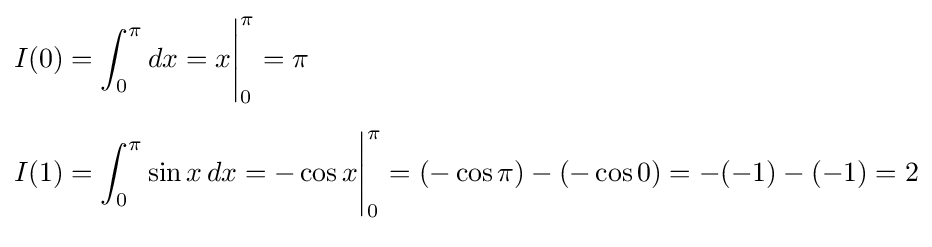
{\begin{aligned}I(0)&=\int _{0}^{\pi }dx=x{\Biggl |}_{0}^{\pi }=\pi \\[6pt]I(1)&=\int _{0}^{\pi }\sin x\,dx=-\cos x{\Biggl |}_{0}^{\pi }=(-\cos \pi )-(-\cos 0)=-(-1)-(-1)=2\\[6pt]\end{aligned}}